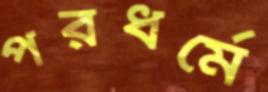
পরধর্মে